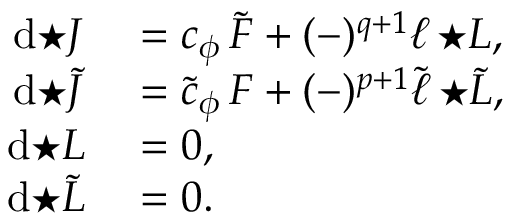
\begin{array} { r l } { \mathrm { d } { \star J } } & { { } = c _ { \phi } \, \tilde { F } + ( - ) ^ { q + 1 } \ell \, { \star L } , } \\ { \mathrm { d } { \star \tilde { J } } } & { { } = \tilde { c } _ { \phi } \, F + ( - ) ^ { p + 1 } \tilde { \ell } \, { \star \tilde { L } } , } \\ { \mathrm { d } { \star L } } & { { } = 0 , } \\ { \mathrm { d } { \star \tilde { L } } } & { { } = 0 . } \end{array}